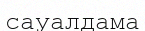
сауалдама